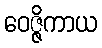
ဝေဇ္ဇိကာယ